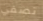
تصفي